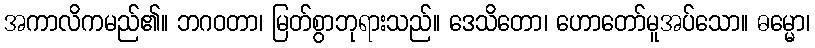
အကာလိကမည်၏။ ဘဂဝတာ၊ မြတ်စွာဘုရားသည်။ ဒေသိတော၊ ဟောတော်မူအပ်သော။ ဓမ္မော၊